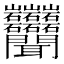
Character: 𬚩